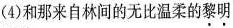
(4)和那来自林间的无比温柔的\underset{·}{黎}\underset{·}{明}